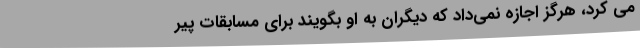
می کرد، هرگز اجازه نمی‌داد که دیگران به او بگویند برای مسابقات پیر